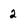
Character: 2